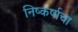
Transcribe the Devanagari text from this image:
निष्कर्षाचा